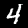
Digit: 4